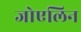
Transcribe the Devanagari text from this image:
जोएलिन